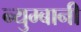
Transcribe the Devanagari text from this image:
न्युम्बानी